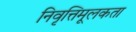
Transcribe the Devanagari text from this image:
निवृत्तिमूलकता